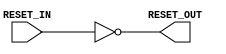

`ifdef BSV_ASSIGNMENT_DELAY
`else
`define BSV_ASSIGNMENT_DELAY
`endif

module ResetInverter(RESET_IN, RESET_OUT);

   input     RESET_IN;            // input reset
   output    RESET_OUT;           // output reset

   wire      RESET_OUT;
   
   assign    RESET_OUT = ! RESET_IN ;
   
endmodule // ResetInverter